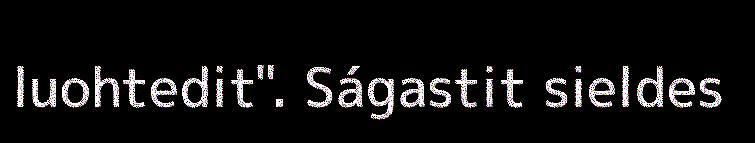
luohtedit". Ságastit sieldes